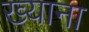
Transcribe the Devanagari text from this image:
ख्याना